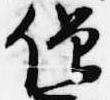
僧